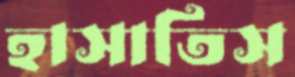
হাসাতিস